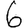
Digit: 6